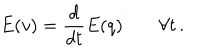
LaTeX: E ( v ) = \frac { d } { d t } E ( q ) \; \forall t \, .